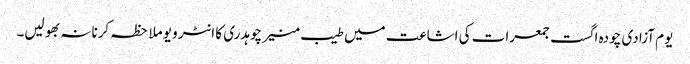
یوم آزادی چودہ اگست جمعرات کی اشاعت میں طیب منیر چوہدری کا انٹر ویو ملاحظہ کرنانہ بھولیں۔